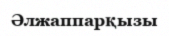
Әлжаппарқызы